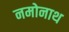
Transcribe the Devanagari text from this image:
नमोनाथ